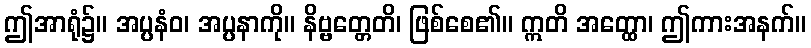
ဤအာရုံ၌။ အပ္ပနံဝ၊ အပ္ပနာကို။ နိဗ္ဗတ္တေတိ၊ ဖြစ်စေ၏။ ဣတိ အတ္ထော၊ ဤကားအနက်။